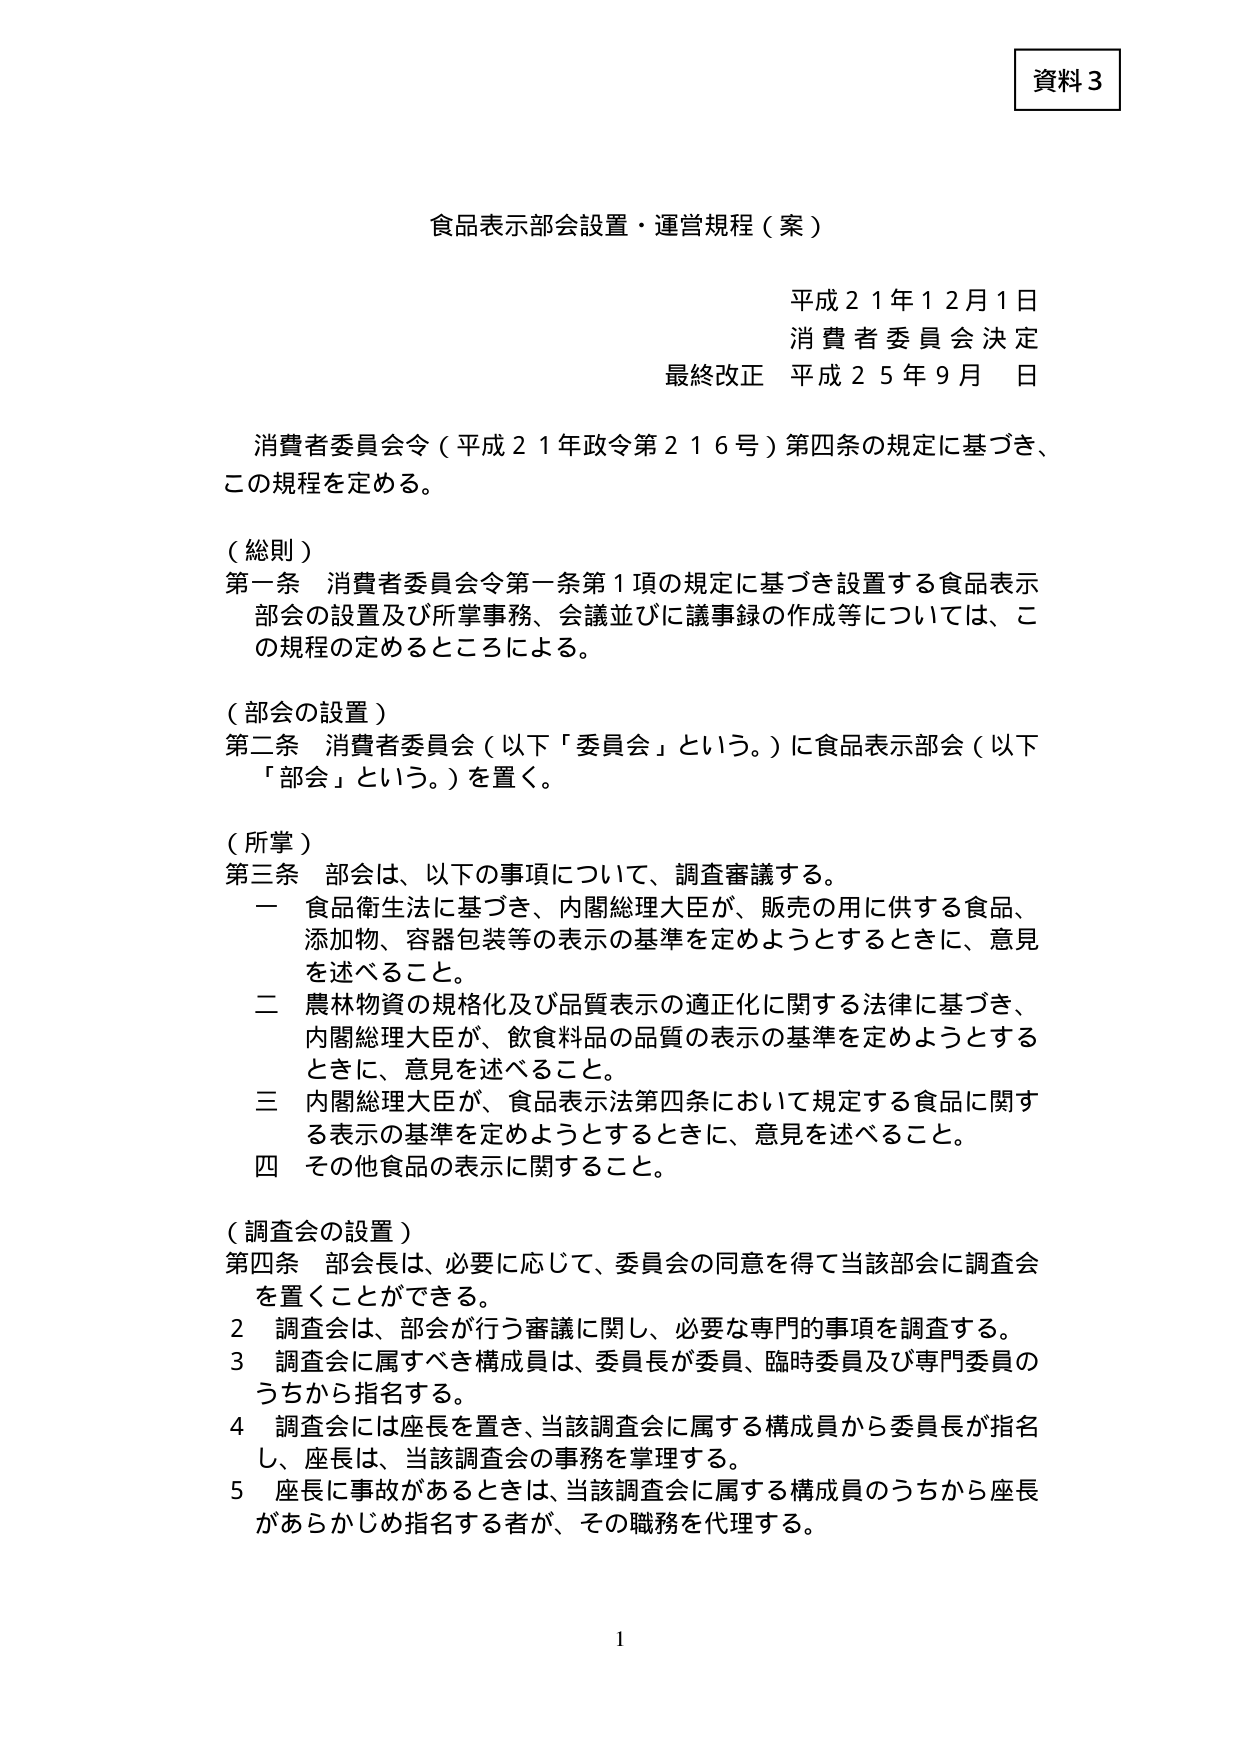
資料３

食品表示部会設置・運営規程（案）

平成２１年１２月１日
消費者委員会決定
最終改正 平成２５年９月 日

消費者委員会令（平成２１年政令第２１６号）第四条の規定に基づき、
この規程を定める。

（総則）
第一条 消費者委員会令第一条第１項の規定に基づき設置する食品表示
部会の設置及び所掌事務、会議並びに議事録の作成等については、こ
の規程の定めるところによる。

（部会の設置）
第二条 消費者委員会（以下「委員会」という。）に食品表示部会（以下
「部会」という。）を置く。

（所掌）
第三条 部会は、以下の事項について、調査審議する。
　一 食品衛生法に基づき、内閣総理大臣が、販売の用に供する食品、
　　添加物、容器包装等の表示の基準を定めようとするときに、意見
　　を述べること。
　二 農林物資の規格化及び品質表示の適正化に関する法律に基づき、
　　内閣総理大臣が、飲食料品の品質の表示の基準を定めようとする
　　ときに、意見を述べること。
　三 内閣総理大臣が、食品表示法第四条において規定する食品に関す
　　る表示の基準を定めようとするときに、意見を述べること。
　四 その他食品の表示に関すること。

（調査会の設置）
第四条 部会長は、必要に応じて、委員会の同意を得て当該部会に調査会
　を置くことができる。
　２ 調査会は、部会が行う審議に関し、必要な専門的事項を調査する。
　３ 調査会に属すべき構成員は、委員長が委員、臨時委員及び専門委員の
　　うちから指名する。
　４ 調査会には座長を置き、当該調査会に属する構成員から委員長が指名
　　し、座長は、当該調査会の事務を掌理する。
　５ 座長に事故があるときは、当該調査会に属する構成員のうちから座長
　　があらかじめ指名する者が、その職務を代理する。

1